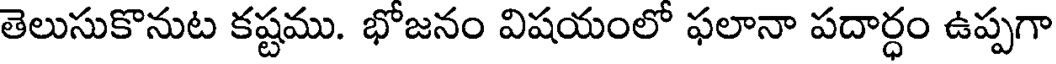
తెలుసుకొనుట కష్టము. భోజనం విషయంలో ఫలానా పదార్ధం ఉప్పగా